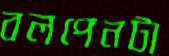
বলপেনটা